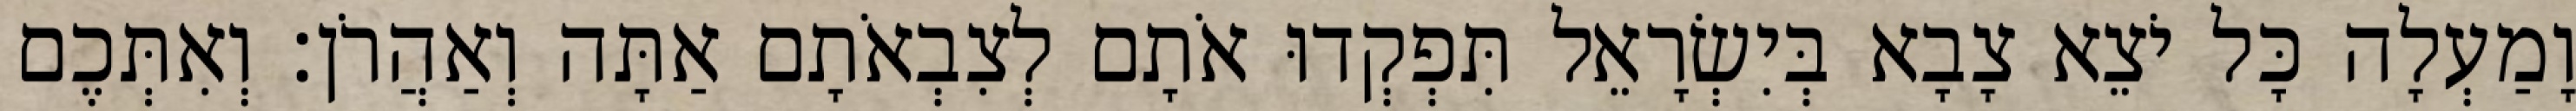
וָמַעְלָה כָּל יֹצֵא צָבָא בְּיִשְׂרָאֵל תִּפְקְדוּ אֹתָם לְצִבְאֹתָם אַתָּה וְאַהֲרֹן׃ וְאִתְּכֶם